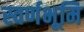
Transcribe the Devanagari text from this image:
स्वर्णभूमि